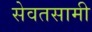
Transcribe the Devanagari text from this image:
सेवतसामी